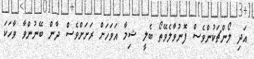
އަދި ލޯންޗަކުންވެސް ފޮނުވާލެވޭތޯ ބެލީ ޝިމާ އަވަހަށް ރަށަށްވެސް ދާން ބޭނުންވާ ވާހަކަ